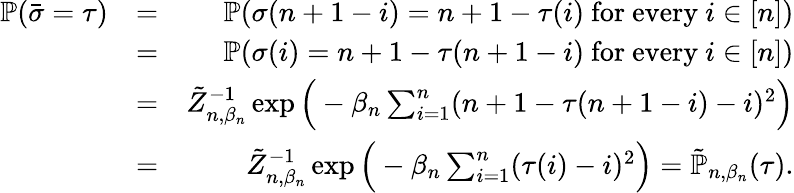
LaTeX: \begin{array}{rlr}{\mathbb{P}(\bar{\sigma}=\tau)}&{=}&{\mathbb{P}(\sigma(n+1-i)=n+1-\tau(i)\mathrm{~for~every~}i\in[n])}\\ &{=}&{\mathbb{P}(\sigma(i)=n+1-\tau(n+1-i)\mathrm{~for~every~}i\in[n])}\\ &{=}&{\tilde{Z}_{n,\beta_{n}}^{-1}\exp\Big(-\beta_{n}\sum_{i=1}^{n}(n+1-\tau(n+1-i)-i)^{2}\Big)}\\ &{=}&{\tilde{Z}_{n,\beta_{n}}^{-1}\exp\Big(-\beta_{n}\sum_{i=1}^{n}(\tau(i)-i)^{2}\Big)=\tilde{\mathbb{P}}_{n,\beta_{n}}(\tau).}\end{array}